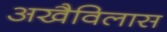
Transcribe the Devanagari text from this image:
अखैविलास